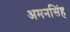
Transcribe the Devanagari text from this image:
अमनसिंह